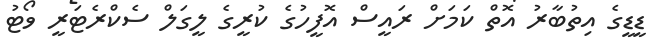
ޑީޑީގެ އިތުބާރު އޮތް ކަމަށް ރައީސް އޮފީހުގެ ކުރީގެ ލީގަލް ސެކްރެޓަރީ ވޯޓު